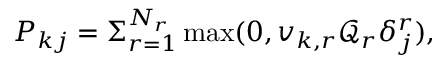
P _ { k j } = \Sigma _ { r = 1 } ^ { N _ { r } } \operatorname* { m a x } ( 0 , v _ { k , r } \mathcal { Q } _ { r } \delta _ { j } ^ { r } ) ,